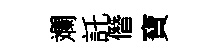
斕託僭寶